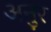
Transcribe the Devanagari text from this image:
अनुर